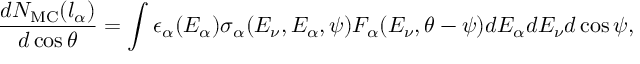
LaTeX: { \frac { d N _ { \mathrm { M C } } ( l _ { \alpha } ) } { d \cos \theta } } = \int \epsilon _ { \alpha } ( E _ { \alpha } ) \sigma _ { \alpha } ( E _ { \nu } , E _ { \alpha } , \psi ) F _ { \alpha } ( E _ { \nu } , \theta - \psi ) d E _ { \alpha } d E _ { \nu } d \cos \psi ,